Treatise on elephants
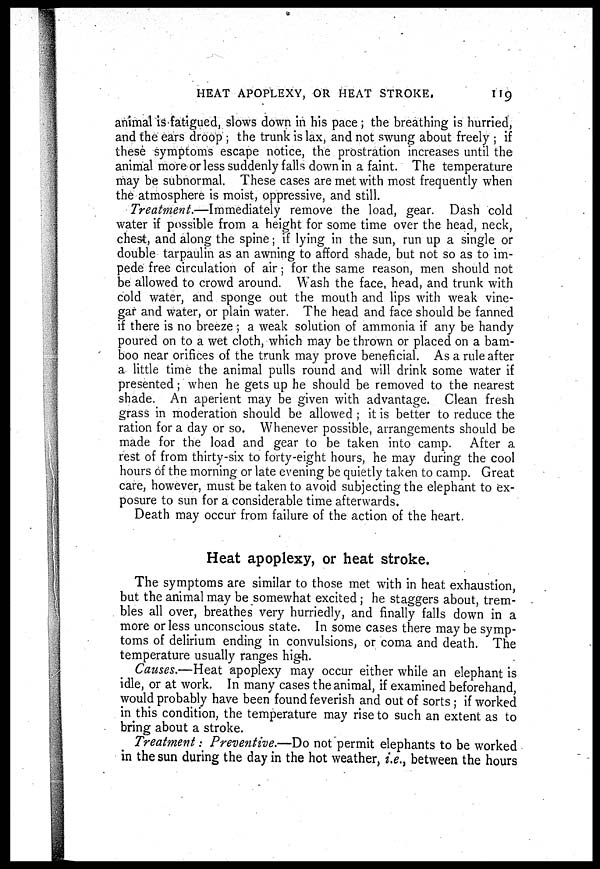
HEAT APOPLEXY, OR HEAT STROKE.
119
animal is fatigued, slows down in his pace ; the breathing is hurried,
and the ears droop ; the trunk is lax, and not swung about freely ; if
these symptoms escape notice, the prostration increases until the
animal more or less suddenly falls down in a faint. The temperature
may be subnormal. These cases are met with most frequently when
the atmosphere is moist, oppressive, and still.
Treatment.—Immediately remove the load, gear. Dash cold
water if possible from a height for some time over the head, neck,
chest, and along the spine; if lying in the sun, run up a single or
double tarpaulin as an awning to afford shade, but not so as to im-
pede free circulation of air ; for the same reason, men should not
be allowed to crowd around. Wash the face, head, and trunk with
cold water, and sponge out the mouth and lips with weak vine-
gar and water, or plain water. The head and face should be fanned
if there is no breeze; a weak solution of ammonia if any be handy
poured on to a wet cloth, which may be thrown or placed on a bam-
boo near orifices of the trunk may prove beneficial. As a rule after
a little time the animal pulls round and will drink some water if
presented; when he gets up he should be removed to the nearest
shade. An aperient may be given with advantage. Clean fresh
grass in moderation should be allowed ; it is better to reduce the
ration for a day or so. Whenever possible, arrangements should be
made for the load and gear to be taken into camp. After a
rest of from thirty-six to forty-eight hours, he may during the cool
hours of the morning or late evening be quietly taken to camp. Great
care, however, must be taken to avoid subjecting the elephant to ex-
posure to sun for a considerable time afterwards.
Death may occur from failure of the action of the heart.
Heat apoplexy, or heat stroke.
The symptoms are similar to those met with in heat exhaustion,
but the animal may be somewhat excited ; he staggers about, trem-
bles all over, breathes very hurriedly, and finally falls down in a
more or less unconscious state. In some cases there may be symp-
toms of delirium ending in convulsions, or coma and death. The
temperature usually ranges high.
Causes.—Heat apoplexy may occur either while an elephant is
idle, or at work. In many cases the animal, if examined beforehand,
would probably have been found feverish and out of sorts ; if worked
in this condition, the temperature may rise to such an extent as to
bring about a stroke.
Treatment: Preventive.—Do not permit elephants to be worked
in the sun during the day in the hot weather, i.e., between the hours